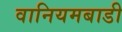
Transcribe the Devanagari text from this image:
वानियमबाडी